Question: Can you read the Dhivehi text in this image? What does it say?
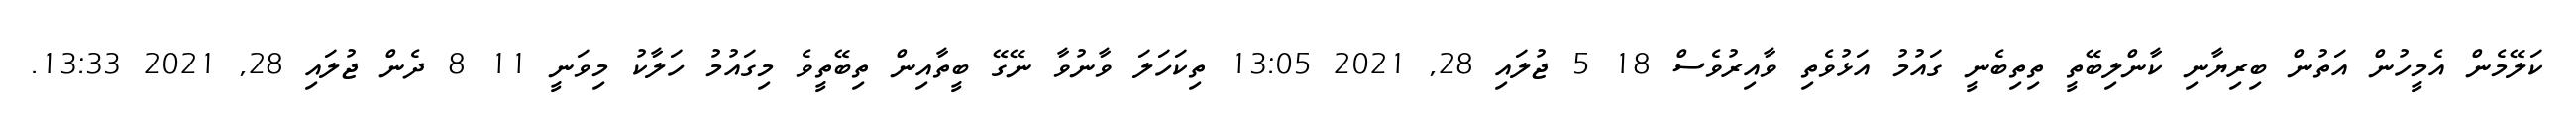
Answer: ކަލޭމެން އެމީހުން އަތުން ބިރިޔާނި ކާންލިބޭތީ ތިތިބެނީ ގައުމު އަޅުވެތި ވާއިރުވެސް 18 5 ޖުލައި 28, 2021 13:05 ތިކަހަލަ ވާނުވާ ނޭގޭ ބީތާއިން ތިބޭތީވެ މިގައުމު ހަލާކު މިވަނީ 11 8 ދެން ޖުލައި 28, 2021 13:33.